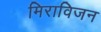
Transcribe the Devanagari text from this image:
मिराविजन